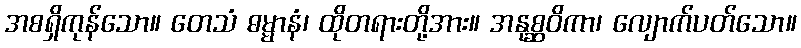
အစရှိကုန်သော။ တေသံ ဓမ္မာနံ၊ ထိုတရားတို့အား။ အနုစ္ဆဝိကာ၊ လျောက်ပတ်သော။